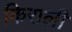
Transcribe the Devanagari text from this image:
किराली